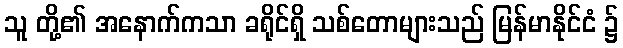
သူ တို့၏ အနောက်ကသာ ခရိုင်ရှိ သစ်တောများသည် မြန်မာနိုင်ငံ ၌